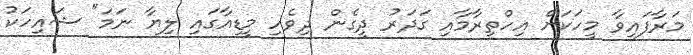
މަރާފައިވާ މީހަކަށް އިހްތިރާމާއި ގަދަރު ދީގެން ދިވެހި މީޑިއާގައި ލިޔާ ނަމަ" ޝައިހަކު